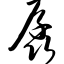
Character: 孱